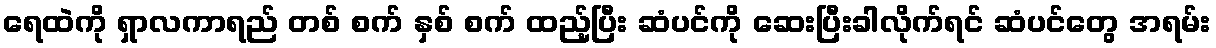
ရေထဲကို ရှာလကာရည် တစ် စက် နှစ် စက် ထည့်ပြီး ဆံပင်ကို ဆေးပြီးခါလိုက်ရင် ဆံပင်တွေ အရမ်း